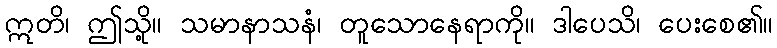
ဣတိ၊ ဤသို့။ သမာနာသနံ၊ တူသောနေရာကို။ ဒါပေသိ၊ ပေးစေ၏။